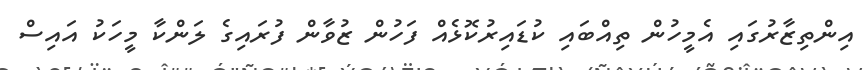
އިންތިޒާރުގައި އެމީހުން ތިއްބައި ކުޑައިރުކޮޅެއް ފަހުން ޒުވާން ފުރައިގެ ލަންކާ މީހަކު އައިސް